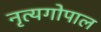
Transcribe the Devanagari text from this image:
नृत्यगोपाल